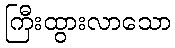
ကြီးထွားလာသော